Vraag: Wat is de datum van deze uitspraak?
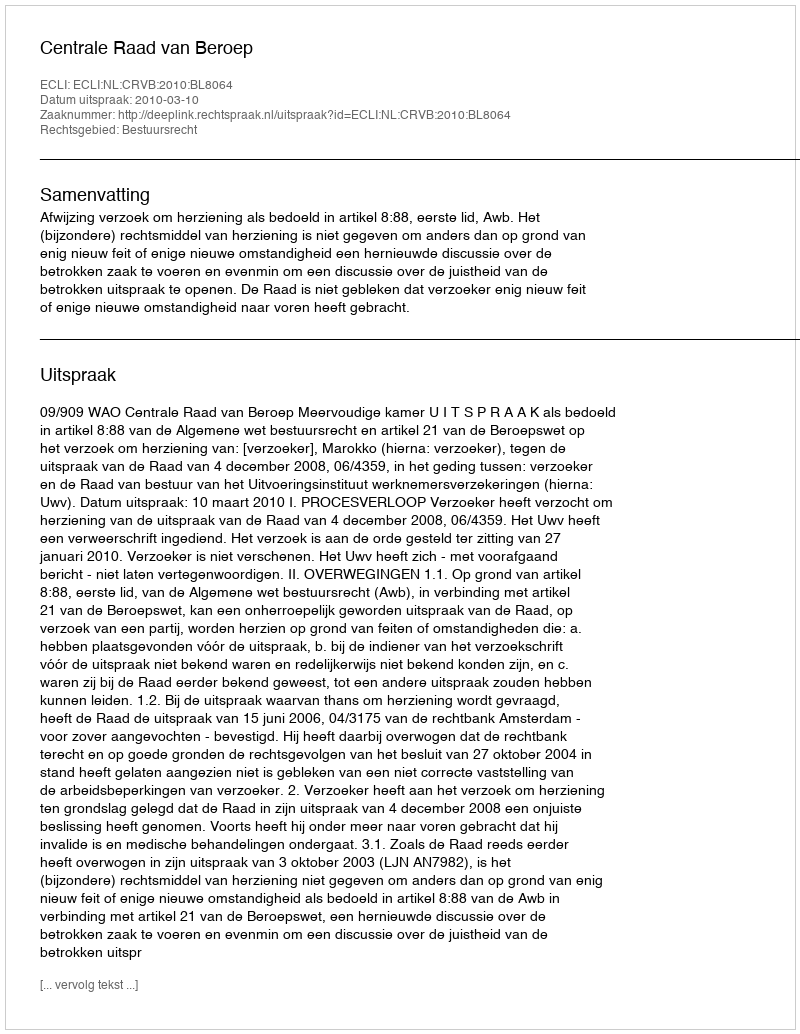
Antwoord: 2010-03-10